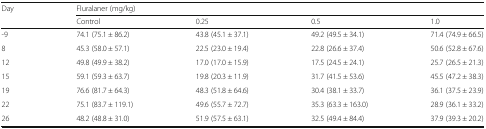
<table><thead><tr><td rowspan="2"><b>Day</b></td><td colspan="4"><b>Fluralaner (mg/kg)</b></td></tr><tr><td><b>Control</b></td><td><b>0.25</b></td><td><b>0.5</b></td><td><b>1.0</b></td></tr></thead><tbody><tr><td>-9</td><td>74.1 (75.1 ± 86.2)</td><td>43.8 (45.1 ± 37.1)</td><td>49.2 (49.5 ± 34.1)</td><td>71.4 (74.9 ± 66.5)</td></tr><tr><td>8</td><td>45.3 (58.0 ± 57.1)</td><td>22.5 (23.0 ± 19.4)</td><td>22.8 (26.6 ± 37.4)</td><td>50.6 (52.8 ± 67.6)</td></tr><tr><td>12</td><td>49.8 (49.9 ± 38.2)</td><td>17.0 (17.0 ± 15.9)</td><td>17.5 (24.5 ± 24.1)</td><td>25.7 (26.5 ± 21.3)</td></tr><tr><td>15</td><td>59.1 (59.3 ± 63.7)</td><td>19.8 (20.3 ± 11.9)</td><td>31.7 (41.5 ± 53.6)</td><td>45.5 (47.2 ± 38.3)</td></tr><tr><td>19</td><td>76.6 (81.7 ± 64.3)</td><td>48.3 (51.8 ± 64.6)</td><td>30.4 (38.1 ± 33.7)</td><td>36.1 (37.5 ± 23.9)</td></tr><tr><td>22</td><td>75.1 (83.7 ± 119.1)</td><td>49.6 (55.7 ± 72.7)</td><td>35.3 (63.3 ± 163.0)</td><td>28.9 (36.1 ± 33.2)</td></tr><tr><td>26</td><td>48.2 (48.8 ± 31.0)</td><td>51.9 (57.5 ± 63.1)</td><td>32.5 (49.4 ± 84.4)</td><td>37.9 (39.3 ± 20.2)</td></tr></tbody></table>